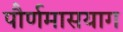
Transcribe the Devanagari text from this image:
पौर्णमासयाग